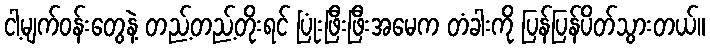
ငါ့မျက်ဝန်းတွေနဲ့ တည့်တည့်တိုးရင် ပြုံးဖြီးဖြီးအမေက တံခါးကို ပြန်ပြန်ပိတ်သွားတယ်။